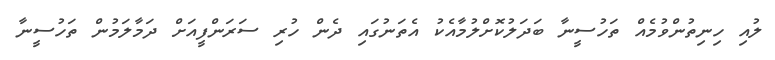
ލުއި ހިނިތުންވުމެއް ތަހުސީނާ ބަދަލުކޮށްލުމާއެކު އެތަނުގައި ދެން ހުރި ސަރަންފީއަށް ދަމާލަމުން ތަހުސީނާ